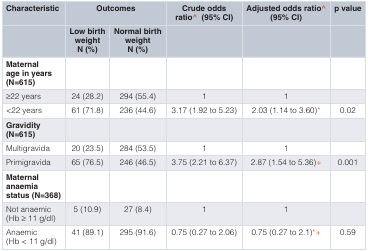
<table><thead><tr><td><b>Characteristic</b></td><td colspan="2"><b>Outcomes</b></td><td><b>Crude odds ratio^(95% CI)</b></td><td><b>Adjusted odds ratio^(95% CI)</b></td><td><b>p value</b></td></tr><tr><td></td><td><b>Low birthweightN (%)</b></td><td><b>Normal birthweightN (%)</b></td><td></td><td></td><td></td></tr></thead><tbody><tr><td><b>Maternal</b><b>age in years</b><b>(N=615)</b></td><td></td><td></td><td></td><td></td><td></td></tr><tr><td>≥22 years</td><td>24 (28.2)</td><td>294 (55.4)</td><td>1</td><td>1</td><td></td></tr><tr><td>&lt;22 years</td><td>61 (71.8)</td><td>236 (44.6)</td><td>3.17 (1.92 to 5.23)</td><td>2.03 (1.14 to 3.60)*</td><td>0.02</td></tr><tr><td><b>Gravidity</b><b>(N=615)</b></td><td></td><td></td><td></td><td></td><td></td></tr><tr><td>Multigravida</td><td>20 (23.5)</td><td>284 (53.5)</td><td>1</td><td>1</td><td></td></tr><tr><td>Primigravida</td><td>65 (76.5)</td><td>246 (46.5)</td><td>3.75 (2.21 to 6.37)</td><td>2.87 (1.54 to 5.36)+</td><td>0.001</td></tr><tr><td><b>Maternal</b><b>anaemia</b><b>status (N=368)</b></td><td></td><td></td><td></td><td></td><td></td></tr><tr><td>Not anaemic(Hb ≥ 11 g/dl)</td><td>5 (10.9)</td><td>27 (8.4)</td><td>1</td><td>1</td><td></td></tr><tr><td>Anaemic(Hb &lt; 11 g/dl)</td><td>41 (89.1)</td><td>295 (91.6)</td><td>0.75 (0.27 to 2.06)</td><td>0.75 (0.27 to 2.1)*+</td><td>0.59</td></tr></tbody></table>